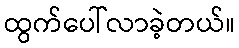
ထွက်ပေါ်လာခဲ့တယ်။